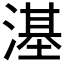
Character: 𣻺